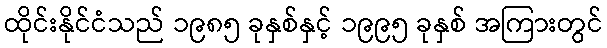
ထိုင်းနိုင်ငံသည် ၁၉၈၅ ခုနှစ်နှင့် ၁၉၉၅ ခုနှစ် အကြားတွင်